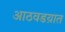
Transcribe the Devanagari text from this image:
आठवडय़ात